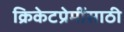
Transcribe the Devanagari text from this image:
क्रिकेटप्रेमींसाठी